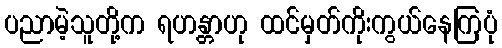
ပညာမဲ့သူတို့က ရဟန္တာဟု ထင်မှတ်ကိုးကွယ်နေကြပုံ